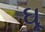
ઘૂ